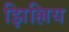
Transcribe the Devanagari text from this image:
झिल्लिय